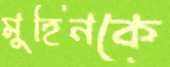
মুহিনকে